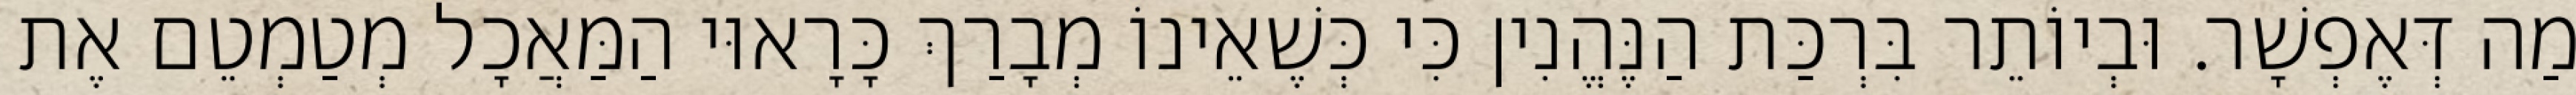
מַה דְּאֶפְשָׁר. וּבְיוֹתֵר בִּרְכַּת הַנֶּהֱנִין כִּי כְּשֶׁאֵינוֹ מְבָרַךְ כָּרָאוּי הַמַּאֲכָל מְטַמְטֵם אֶת